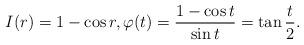
LaTeX: \begin{align*}I(r) = 1- \cos r, \varphi(t) = \frac{1-\cos t}{\sin t} = \tan \frac{t}{2}. \end{align*}